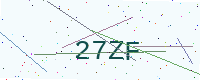
Text: 27ZF